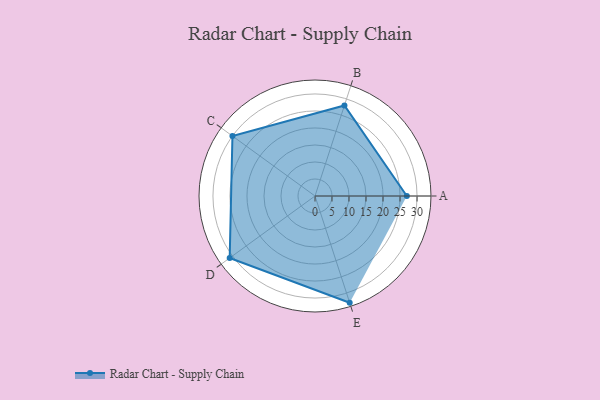
{"axis": {"x": "Skill", "y": "Score"}, "legend": ["Profile"], "data": [{"x": "A", "y": 27.0, "type": "Profile"}, {"x": "B", "y": 28.0, "type": "Profile"}, {"x": "C", "y": 30.0, "type": "Profile"}, {"x": "D", "y": 31.0, "type": "Profile"}, {"x": "E", "y": 33.0, "type": "Profile"}]}